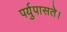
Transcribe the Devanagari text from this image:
पर्युपासते।